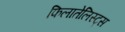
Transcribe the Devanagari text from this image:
फिलातेलिस्ट्स